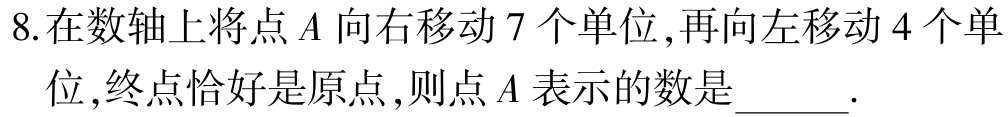
8.在数轴上将点\(A\)向右移动\(7\)个单位,再向左移动\(4\)个单位,终点恰好是原点,则点\(A\)表示的数是______.